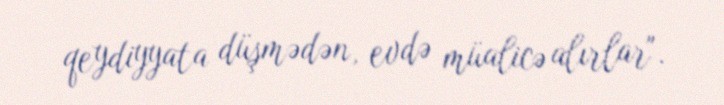
qeydiyyata düşmədən, evdə müalicə alırlar".